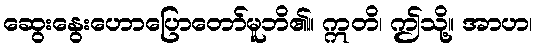
ဆွေးနွေးဟောပြောတော်မူဘိ၏။ ဣတိ၊ ဤသို့။ အာဟ၊